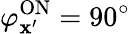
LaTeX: \varphi_{\mathbf{x}^{\prime}}^{\mathrm{{{ON}}}}=90^{\circ}